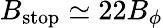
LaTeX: B_{\mathrm{stop}}\simeq 22B_{\phi}